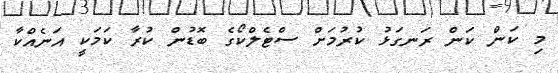
މި ކަން ކަން ރަނގަޅު ކުރުމަށް ސްޓެލްކޯގެ ބޮޑުން ކުރާ ކަމަކީ އަނެއްކާ